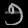
Digit: ၅